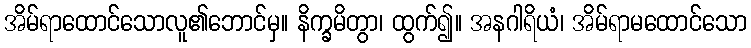
အိမ်ရာထောင်သောလူ၏ဘောင်မှ။ နိက္ခမိတွာ၊ ထွက်၍။ အနဂါရိယံ၊ အိမ်ရာမထောင်သော